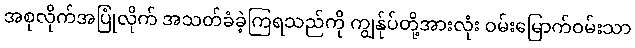
အစုလိုက်အပြုံလိုက် အသတ်ခံခဲ့ကြရသည်ကို ကျွန်ုပ်တို့အားလုံး ဝမ်းမြောက်ဝမ်းသာ